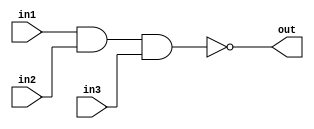
/*
    CS/ECE 552 Spring '20
    Homework #1, Problem 2

    3 input NAND
*/
module nand3 (in1,in2,in3,out);
    input in1,in2,in3;
    output out;
    assign out = ~(in1 & in2 & in3);
endmodule